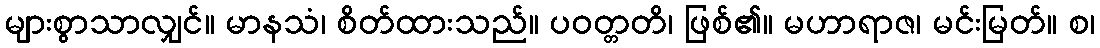
များစွာသာလျှင်။ မာနသံ၊ စိတ်ထားသည်။ ပဝတ္တတိ၊ ဖြစ်၏။ မဟာရာဇ၊ မင်းမြတ်။ စ၊